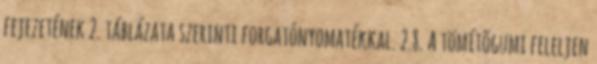
fejezetének 2. táblázata szerinti forgatónyomatékkal. 2.8. A tömítõgumi feleljen